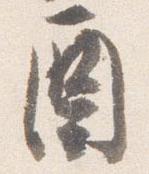
酉